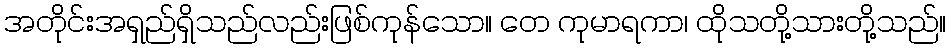
အတိုင်းအရှည်ရှိသည်လည်းဖြစ်ကုန်သော။ တေ ကုမာရကာ၊ ထိုသတို့သားတို့သည်။